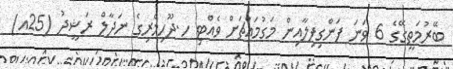
ބޭރުމަތީގޭގެ 6 ވަނަ ފަންގިފިލާއިން މަގުމައްޗަށް ވެއްޓި ހ.ދޫހިމެރިގެ ނަދާލް ރަޝީދު (25އ)